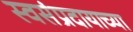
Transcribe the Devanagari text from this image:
स्वसंप्रदायाच्या